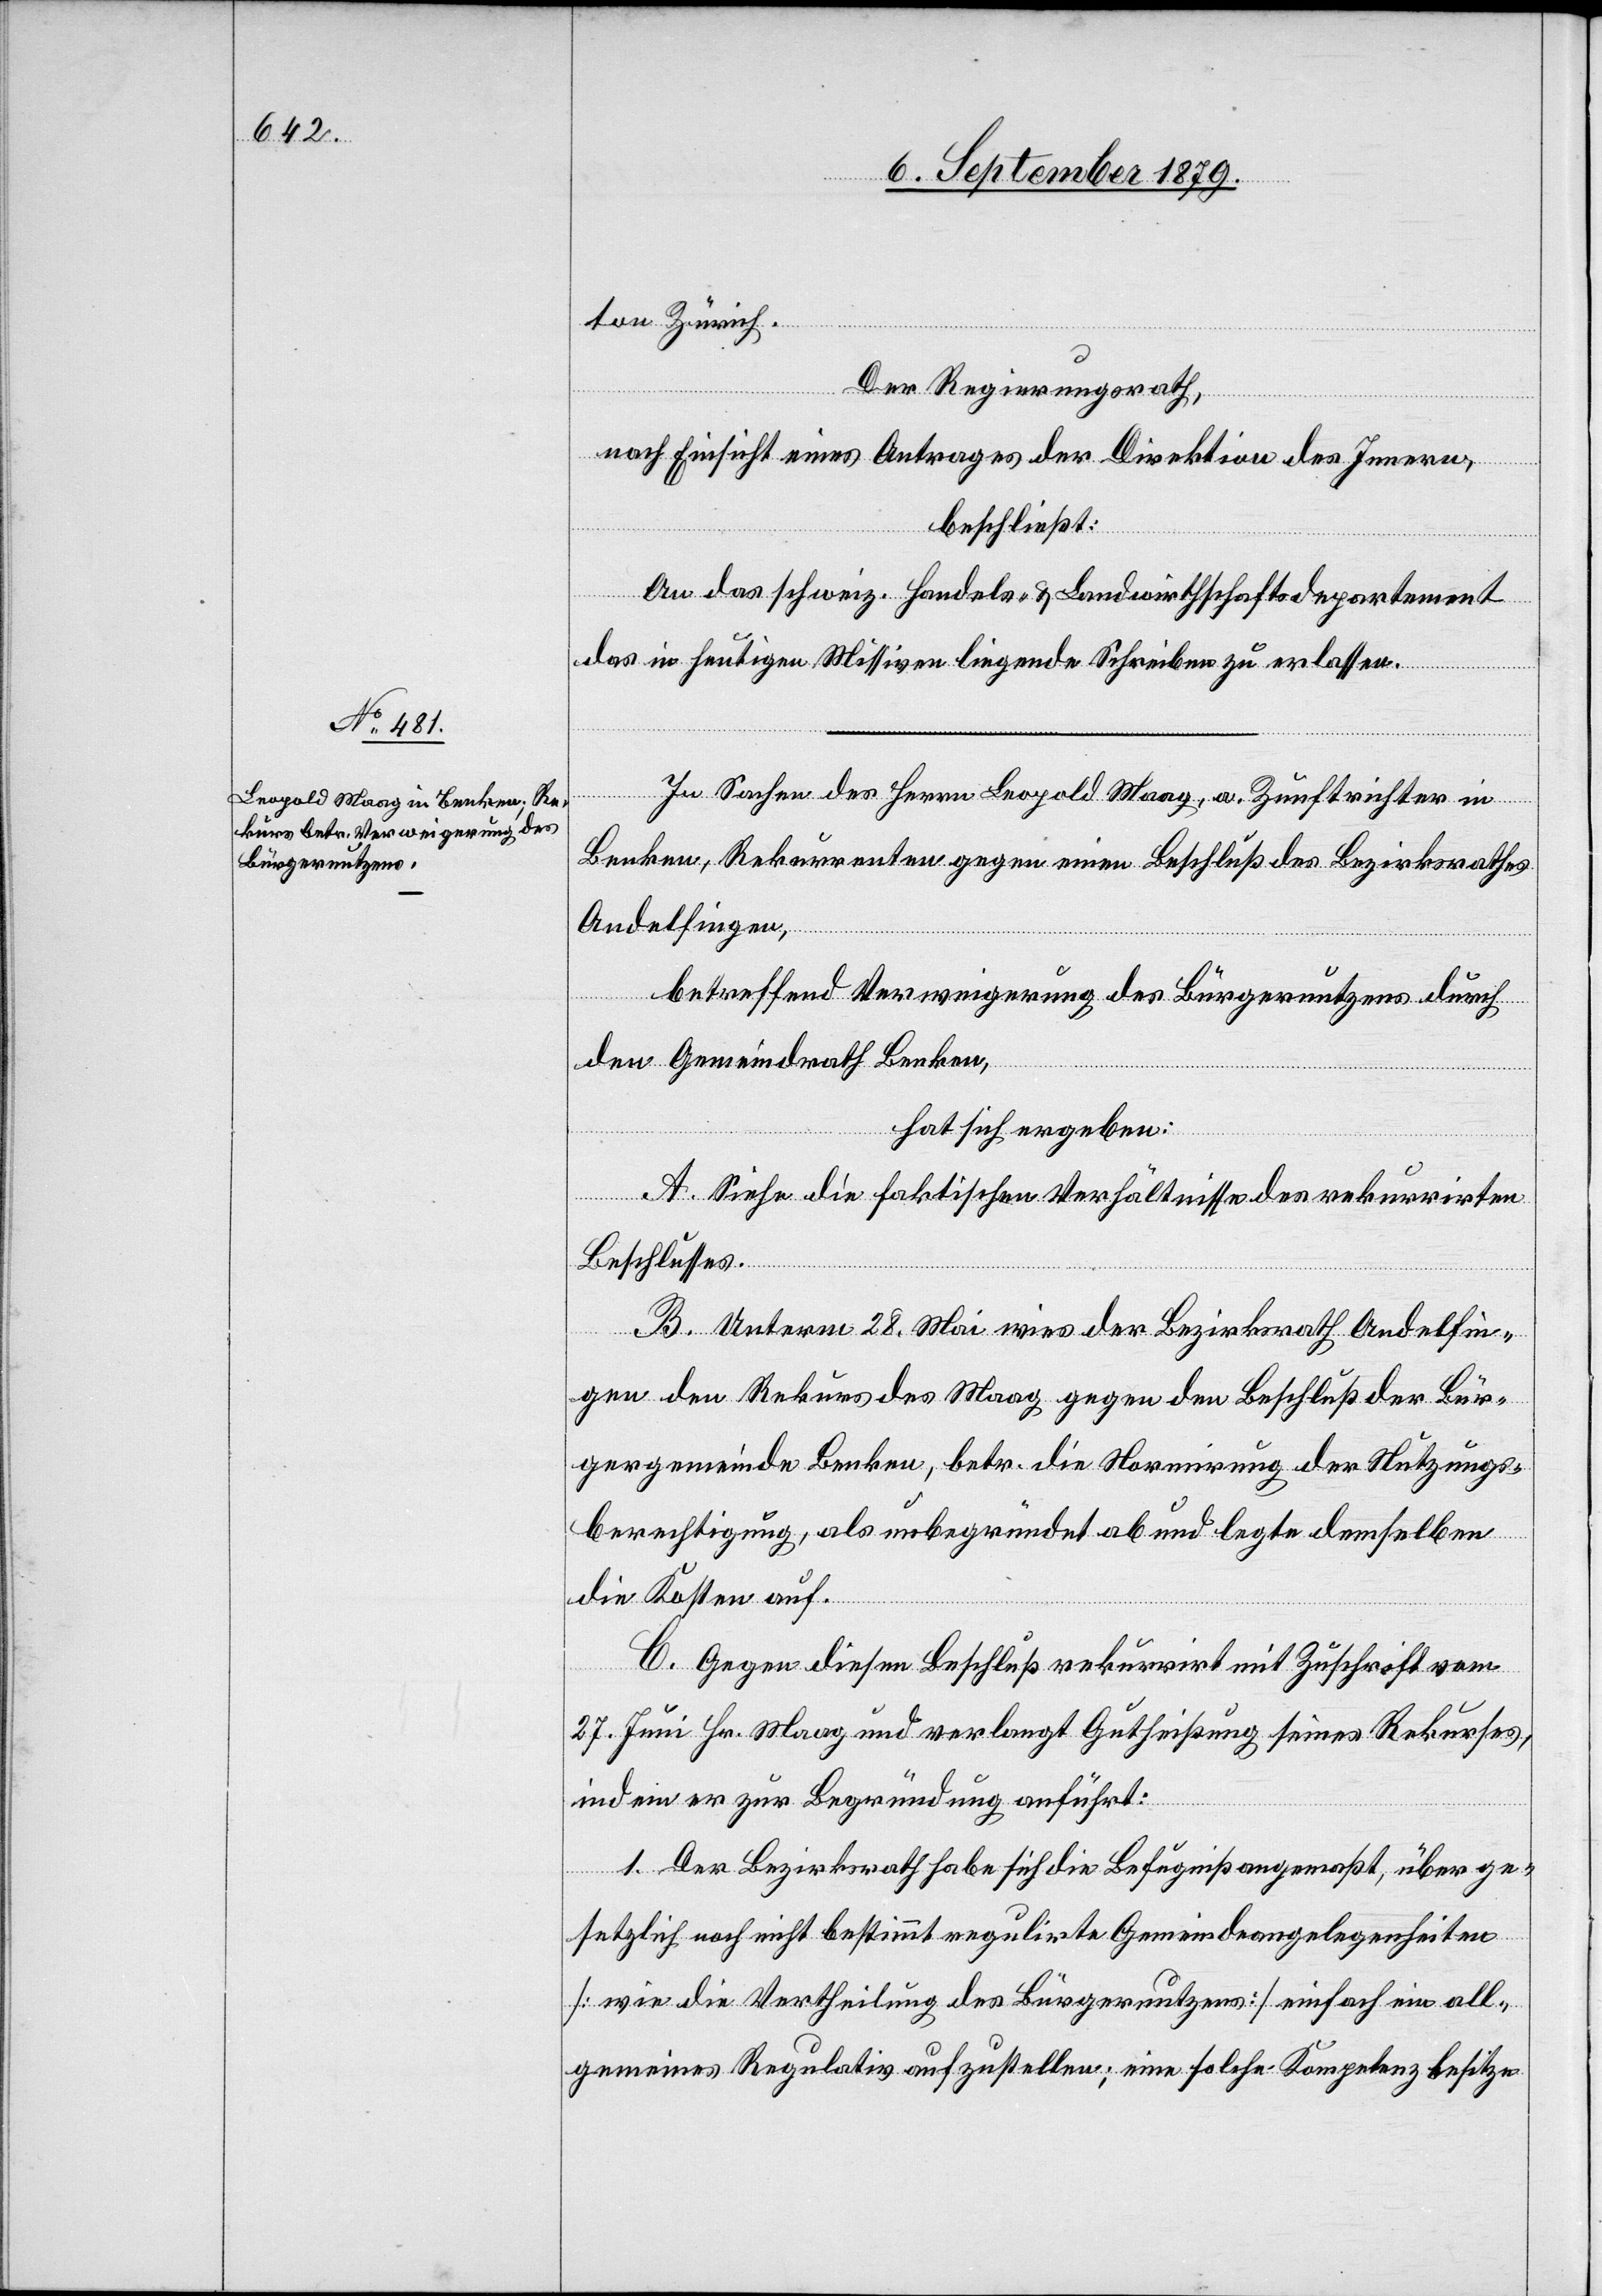
ton Zürich.
Der Regierungsrath,
nach Einsicht eines Antrages der Direktion des Innern,
beschließt:
An das schweiz. Handels- & Landwirthschaftsdepartement
das in heutigen Missiven liegende Schreiben zu erlassen.
In Sachen des Herrn Leopold Maag, a. Zunftrichter in
Benken, Rekurrenten gegen einen Beschluß des Bezirksrathes
Andelfingen,
betreffend Verweigerung des Bürgernutzens durch
den Gemeindrath Benken,
hat sich ergeben:
A. Siehe die faktischen Verhältnisse des rekurrirten
Beschlusses.
B. Unterm 28. Mai wies der Bezirksrath Andelfin¬
gen den Rekurs des Maag gegen den Beschluß der Bür¬
gergemeinde Benken, betr. die Normirung der Nutzungs¬
berechtigung, als unbegründet ab und legte demselben
die Kosten auf.
C. Gegen diesen Beschluß rekurrirt mit Zuschrift vom
27. Juni Hr. Maag und verlangt Gutheißung seines Rekurses,
indem er zur Begründung anführt;
1. Der Bezirksrath habe sich die Befugniß angemaßt, über ge¬
setzlich noch nicht bestimmt regulirte Gemeindeangelegenheiten
[wie die Vertheilung des Bürgernutzens] einfach ein all¬
gemeines Regulativ aufzustellen; eine solche Kompetenz besitze